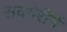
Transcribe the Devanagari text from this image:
सबमेरीनें